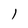
Character: 1